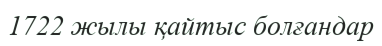
1722 жылы қайтыс болғандар